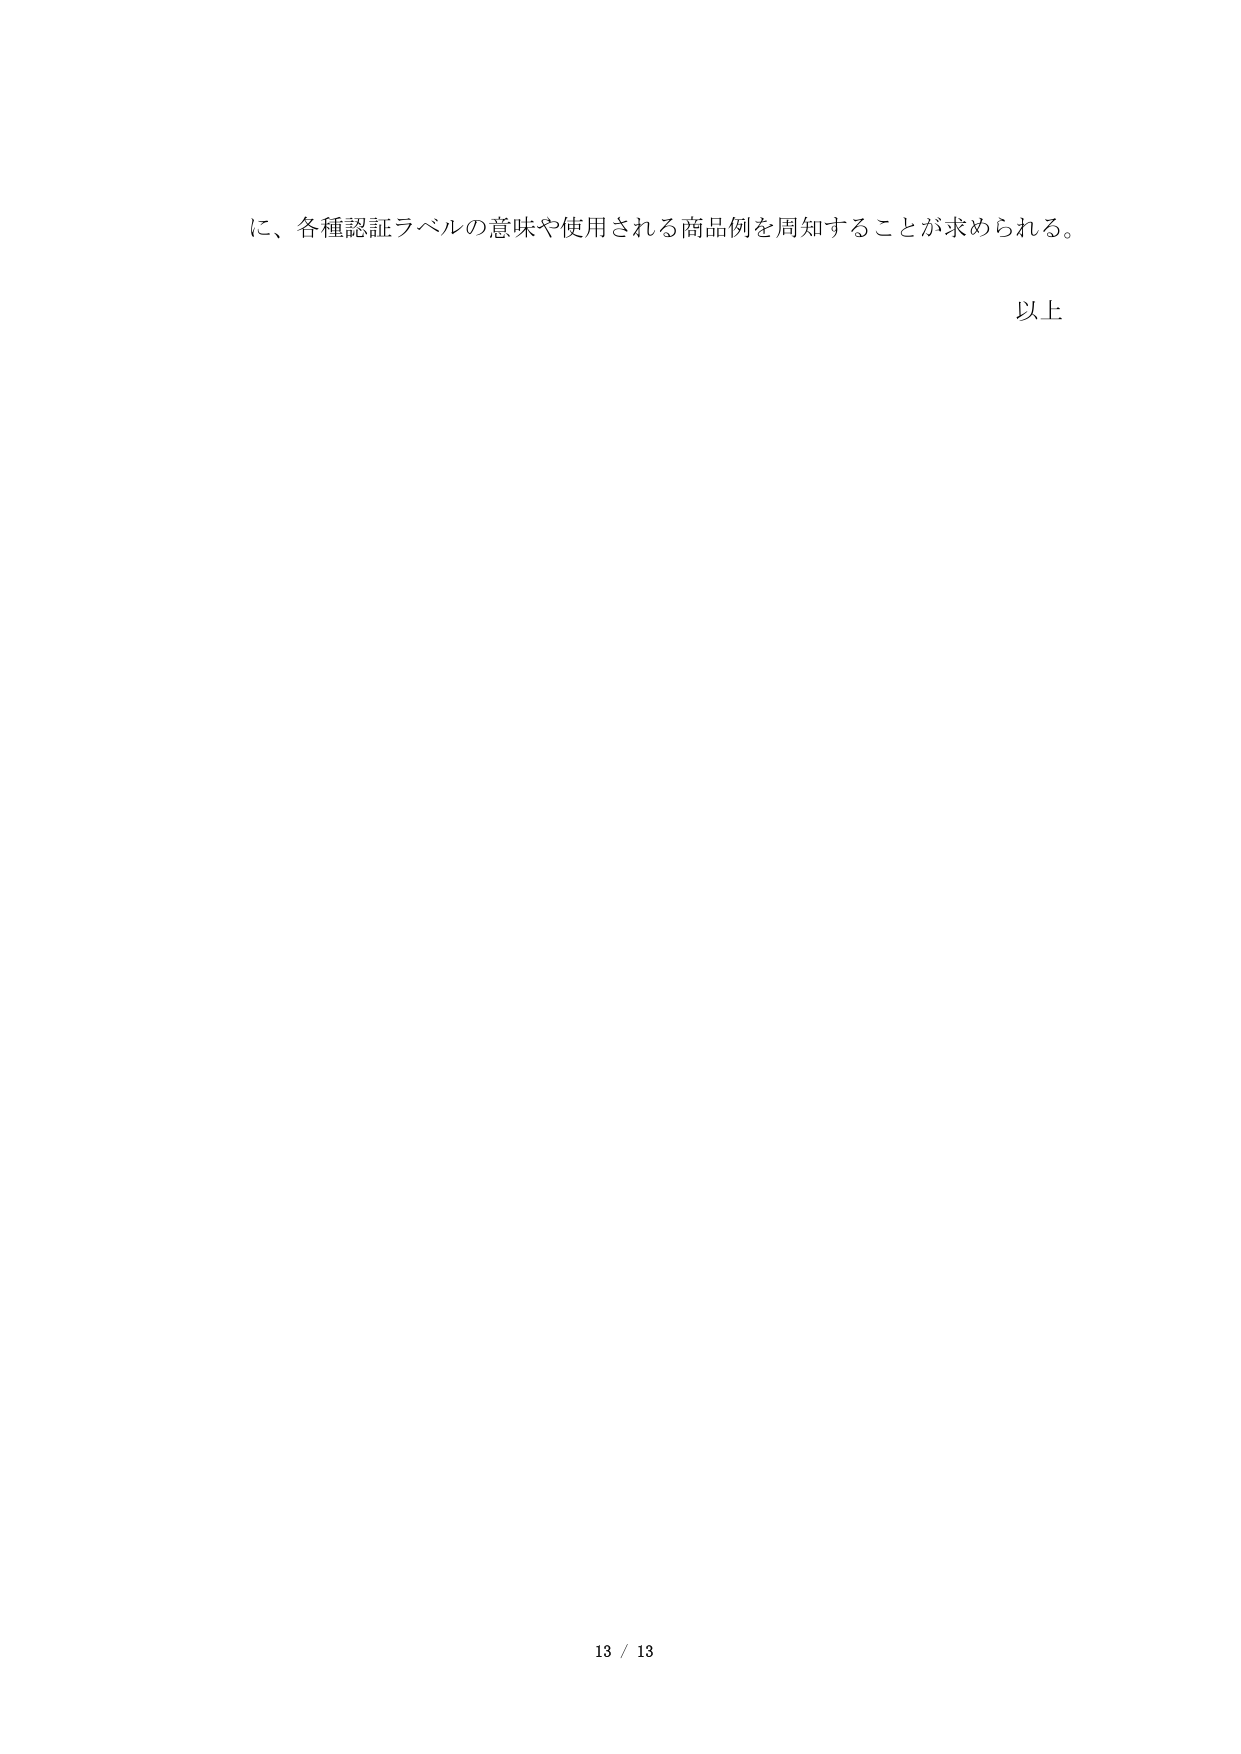
に、各種認証ラベルの意味や使用される商品例を周知することが求められる。

以上

13 / 13